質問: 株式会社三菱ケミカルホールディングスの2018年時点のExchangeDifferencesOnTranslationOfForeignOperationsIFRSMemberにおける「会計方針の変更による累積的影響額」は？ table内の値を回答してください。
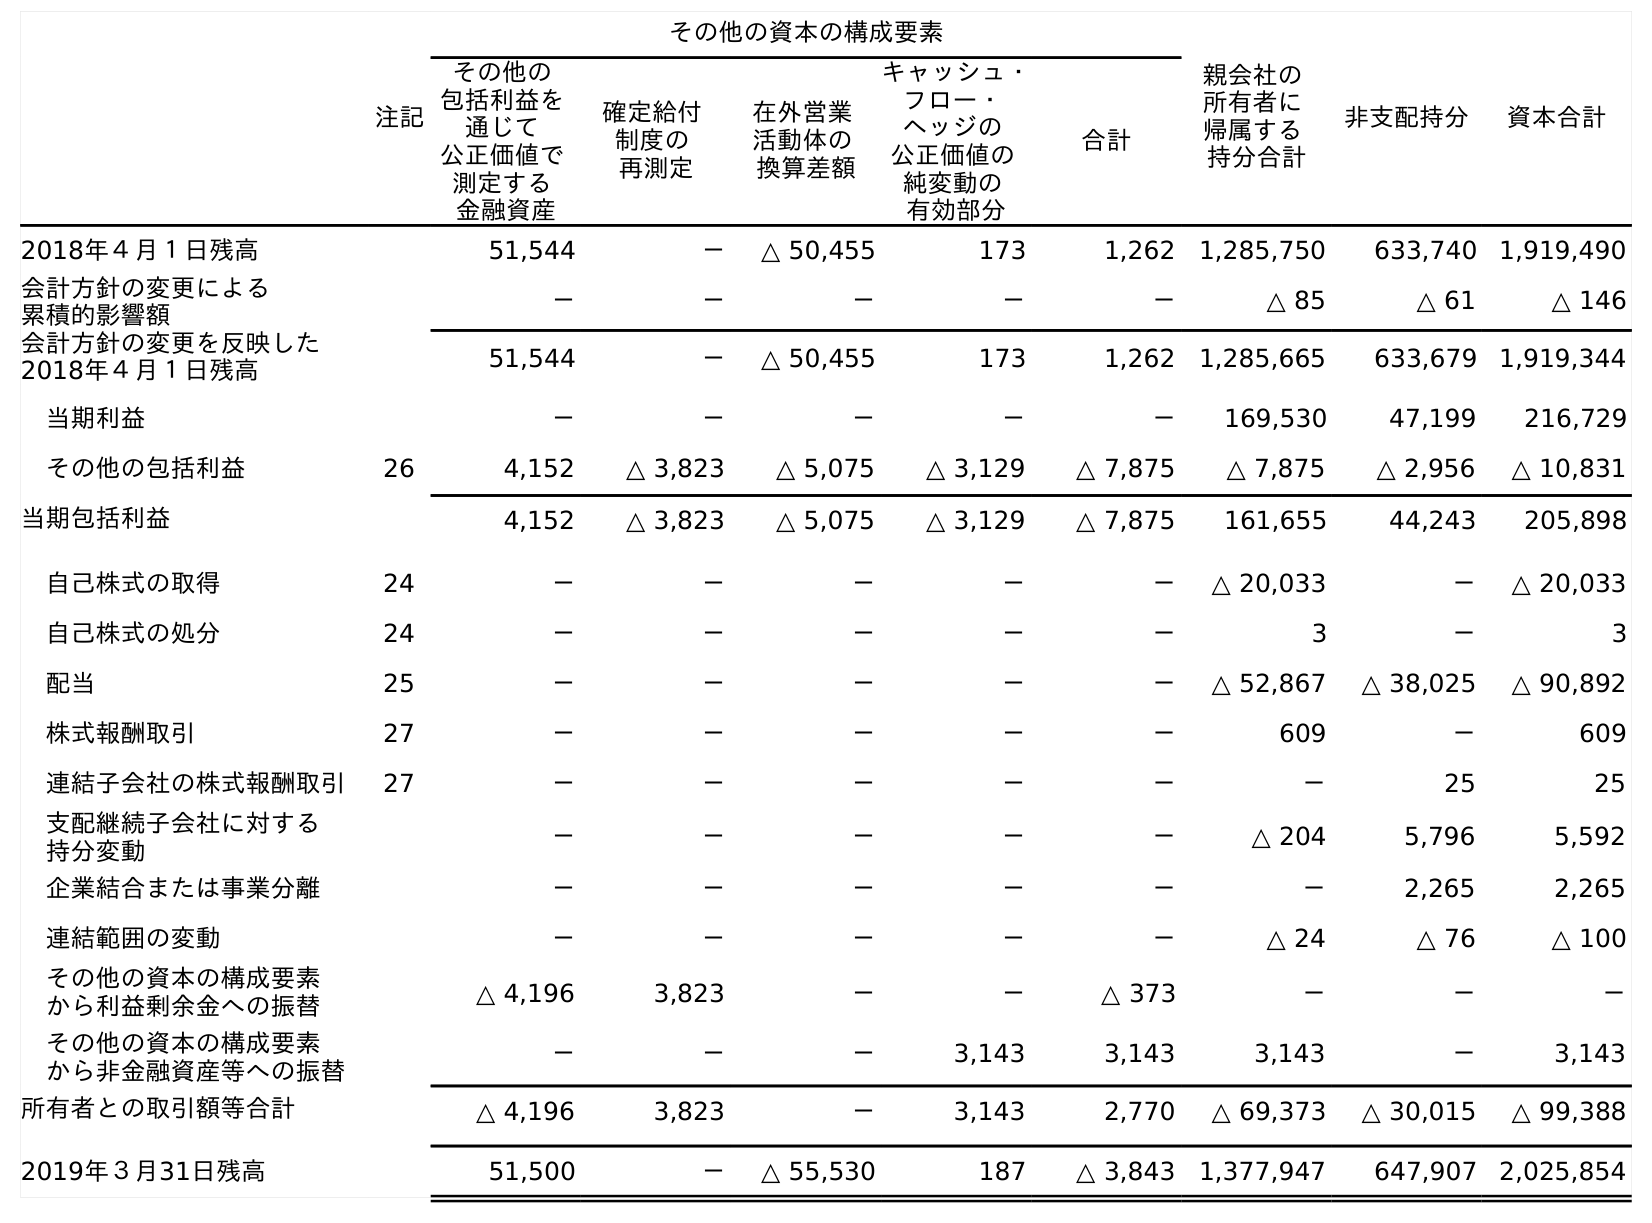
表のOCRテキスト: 注記 その他の資本の構成要素 親会社の 所有者に 帰属する 持分合計 非支配持分 資本合計 その他の 包括利益を 通じて 公正価値で 測定する 金融資産 確定給付 制度の 再測定 在外営業 活動体の 換算差額 キャッシュ・ フロー・ ヘッジの 公正価値の 純変動の 有効部分 合計 2018年４月１日残高 51,544 － △ 50,455 173 1,262 1,285,750 633,740 1,919,490 会計方針の変更による 累積的影響額 － － － － － △ 85 △ 61 △ 146 会計方針の変更を反映した 2018年４月１日残高 51,544 － △ 50,455 173 1,262 1,285,665 633,679 1,919,344 当期利益 － － － － － 169,530 47,199 216,729 その他の包括利益 26 4,152 △ 3,823 △ 5,075 △ 3,129 △ 7,875 △ 7,875 △ 2,956 △ 10,831 当期包括利益 4,152 △ 3,823 △ 5,075 △ 3,129 △ 7,875 161,655 44,243 205,898 自己株式の取得 24 － － － － － △ 20,033 － △ 20,033 自己株式の処分 24 － － － － － 3 － 3 配当 25 － － － － － △ 52,867 △ 38,025 △ 90,892 株式報酬取引 27 － － － － － 609 － 609 連結子会社の株式報酬取引 27 － － － － － － 25 25 支配継続子会社に対する 持分変動 － － － － － △ 204 5,796 5,592 企業結合または事業分離 － － － － － － 2,265 2,265 連結範囲の変動 － － － － － △ 24 △ 76 △ 100 その他の資本の構成要素 から利益剰余金への振替 △ 4,196 3,823 － － △ 373 － － － その他の資本の構成要素 から非金融資産等への振替 － － － 3,143 3,143 3,143 － 3,143 所有者との取引額等合計 △ 4,196 3,823 － 3,143 2,770 △ 69,373 △ 30,015 △ 99,388 2019年３月31日残高 51,500 － △ 55,530 187 △ 3,843 1,377,947 647,907 2,025,854
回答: －